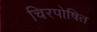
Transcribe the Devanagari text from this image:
चिरपोषित